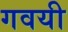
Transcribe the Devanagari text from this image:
गवयी